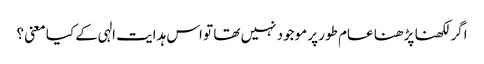
اگر لکھنا پڑھنا عام طور پر موجود نہیں تھا تو اس ہدایت الہی کے کیا معنی ؟